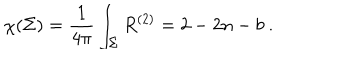
LaTeX: \chi ( \Sigma ) = \frac { 1 } { 4 \pi } \int _ { \Sigma } R ^ { ( 2 ) } = 2 - 2 n - b \ .